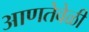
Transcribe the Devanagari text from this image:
आणतेवेळी